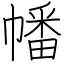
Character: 幡